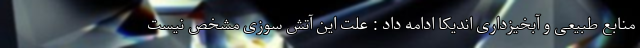
منابع طبیعی و آبخیزداری اندیکا ادامه داد : علت این آتش سوزی مشخص نیست